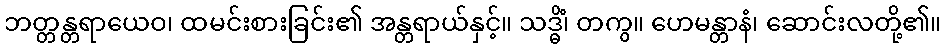
ဘတ္တန္တရာယေဝ၊ ထမင်းစားခြင်း၏ အန္တရာယ်နှင့်။ သဒ္ဓိံ၊ တကွ။ ဟေမန္တာနံ၊ ဆောင်းလတို့၏။